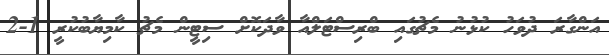
އަންގާރަ ދުވަހު ކުޅުނު މެޗުގައި ބްރިސްޓަލްއާ ވާދަކޮށް ސިޓީން މެޗު ކާމިޔާބުކުރީ 1-2